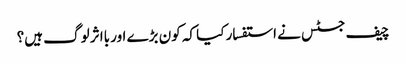
چیف جسٹس نے استفسار کیا کہ کون بڑے اور بااثر لوگ ہیں؟